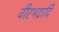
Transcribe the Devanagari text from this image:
वीरभद्रादि